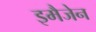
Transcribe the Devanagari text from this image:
इमैजेन